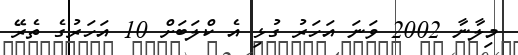
މިލާނާ 2002 ވަނަ އަހަރު ގުޅި އެ ކްލަބަށް 10 އަހަރުގެ ތެރޭ